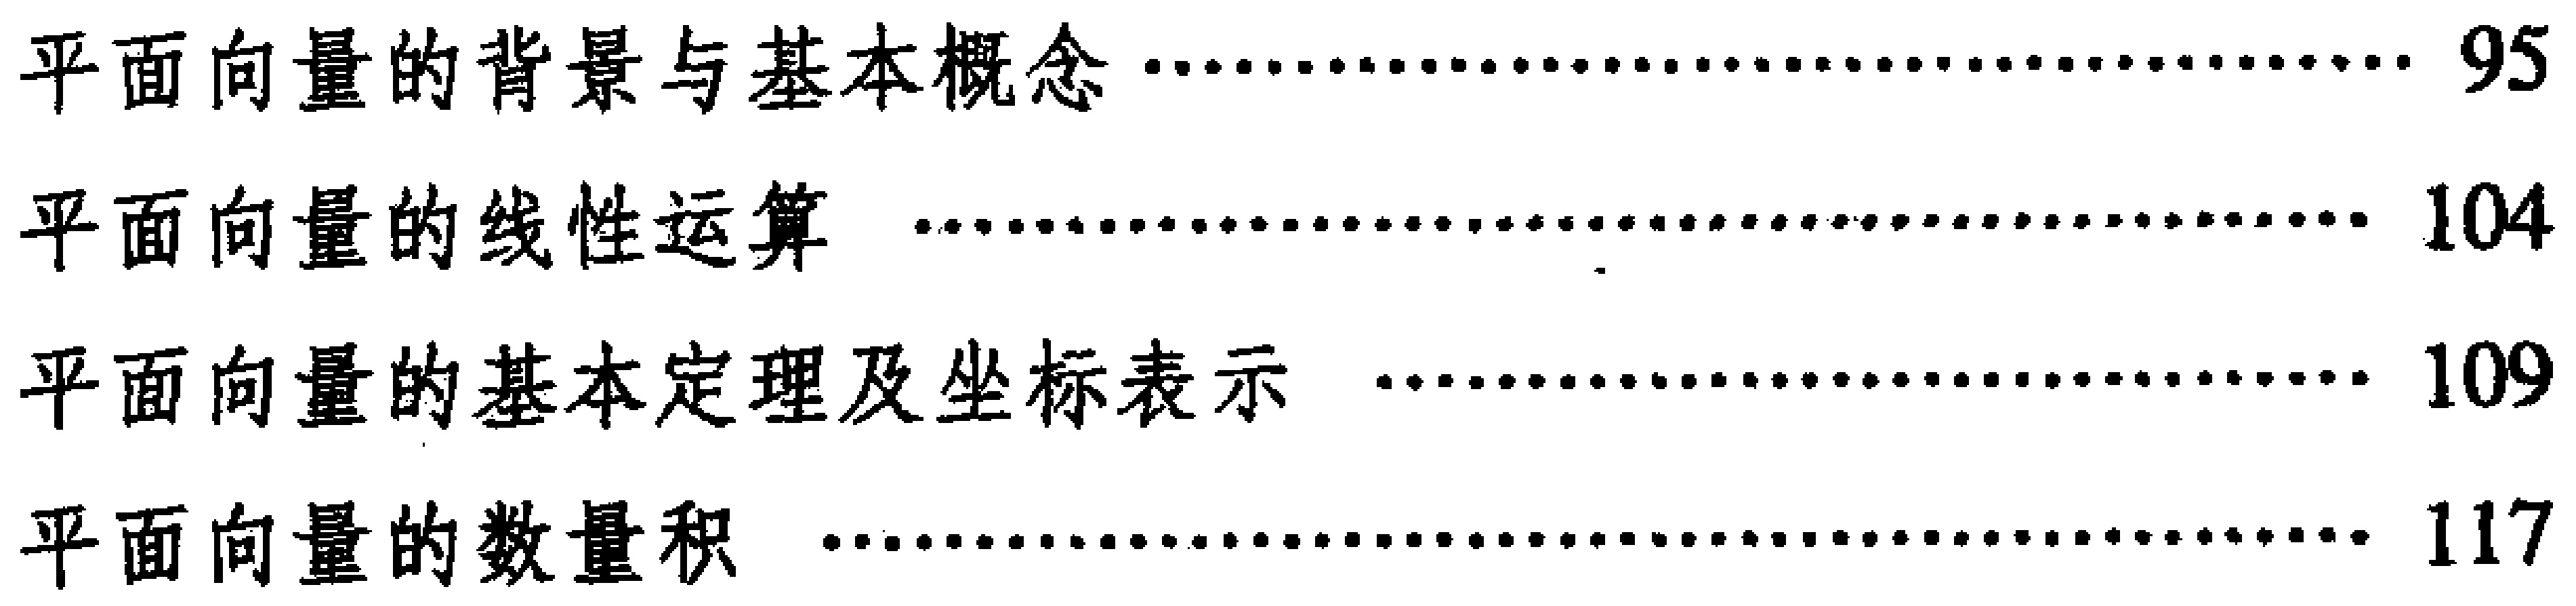
\begin{enumerate}
\item 平面向量的背景与基本概念 \hfill 95
\item 平面向量的线性运算 \hfill 104
\item 平面向量的基本定理及坐标表示 \hfill 109
\item 平面向量的数量积 \hfill 117
\end{enumerate}